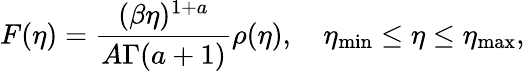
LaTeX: F(\eta)=\frac{(\beta\eta)^{1+a}}{A\Gamma(a+1)}\rho(\eta),\quad\eta_{\mathrm{min}}\leq\eta\leq\eta_{\mathrm{max}},